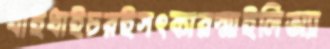
ধাইধাইচরইসৎকারস্মাইলিঅ্যা